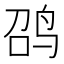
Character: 𲍲